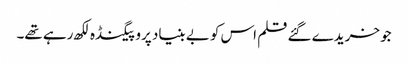
جو خریدے گئے قلم اس کو بے بنیاد پروپیگنڈہ لکھ رہے تھے۔